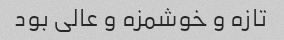
تازه و خوشمزه و عالی بود